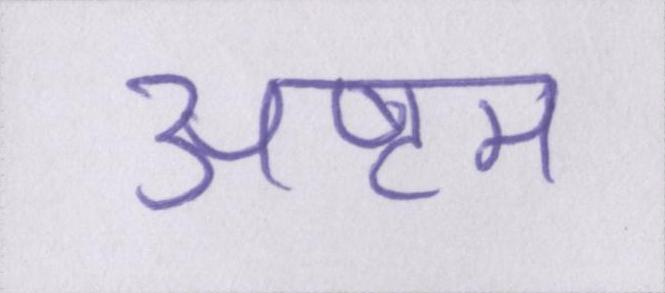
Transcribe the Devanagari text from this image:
अष्टम